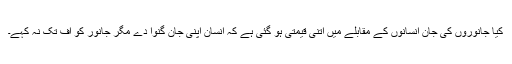
کیا جانوروں کی جان انسانوں کے مقابلے میں اتنی قیمتی ہو گئی ہے کہ انسان اپنی جان گنوا دے مگر جانور کو اف تک نہ کہے۔